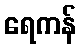
ရေကန်